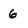
Character: 6